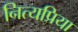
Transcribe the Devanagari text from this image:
नित्यप्रिया